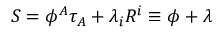
S = \phi ^ { A } \tau _ { A } + \lambda _ { i } R ^ { i } \equiv \phi + \lambda